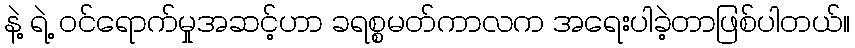
နဲ့ ရဲ့ ဝင်ရောက်မှုအဆင့်ဟာ ခရစ္စမတ်ကာလက အရေးပါခဲ့တာဖြစ်ပါတယ်။